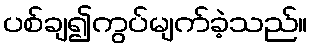
ပစ်ချ၍ကွပ်မျက်ခဲ့သည်။